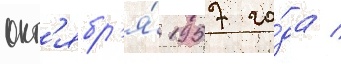
окт'ябр'я́ 1957 го́да /